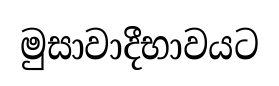
මුසාවාදීභාවයට